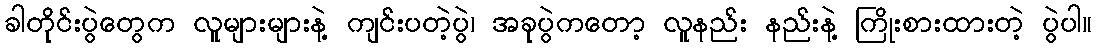
ခါတိုင်းပွဲတွေက လူများများနဲ့ ကျင်းပတဲ့ပွဲ၊ အခုပွဲကတော့ လူနည်း နည်းနဲ့ ကြိုးစားထားတဲ့ ပွဲပါ။